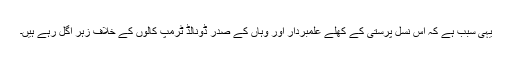
یہی سبب ہے کہ اس نسل پرستی کے کھلے علمبردار اور وہاں کے صدر ڈونالڈ ٹرمپ کالوں کے خلاف زہر اگل رہے ہیں۔